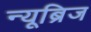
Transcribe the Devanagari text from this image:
न्यूब्रिज